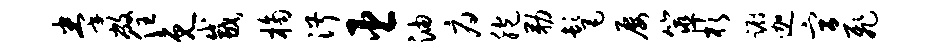
拳敝住免咸桷淑臣油府胞勒髦屡筮杉蹰迦宫飞